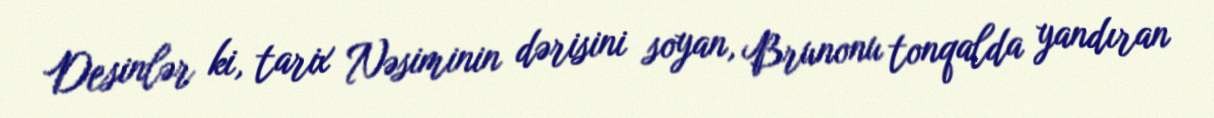
Desinlər ki, tarix Nəsiminin dərisini soyan, Brunonu tonqalda yandıran